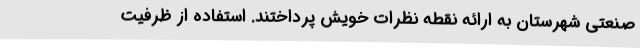
صنعتی شهرستان به ارائه نقطه نظرات خویش پرداختند. استفاده از ظرفیت